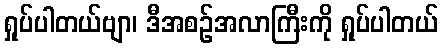
ရှုပ်ပါတယ်ဗျာ၊ ဒီအစဉ်အလာကြီးကို ရှုပ်ပါတယ်